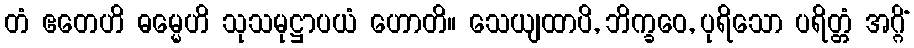
တံ ဧတေဟိ ဓမ္မေဟိ သုသမုဋ္ဌာပယံ ဟောတိ။ သေယျထာပိ, ဘိက္ခဝေ, ပုရိသော ပရိတ္တံ အဂ္ဂိံ